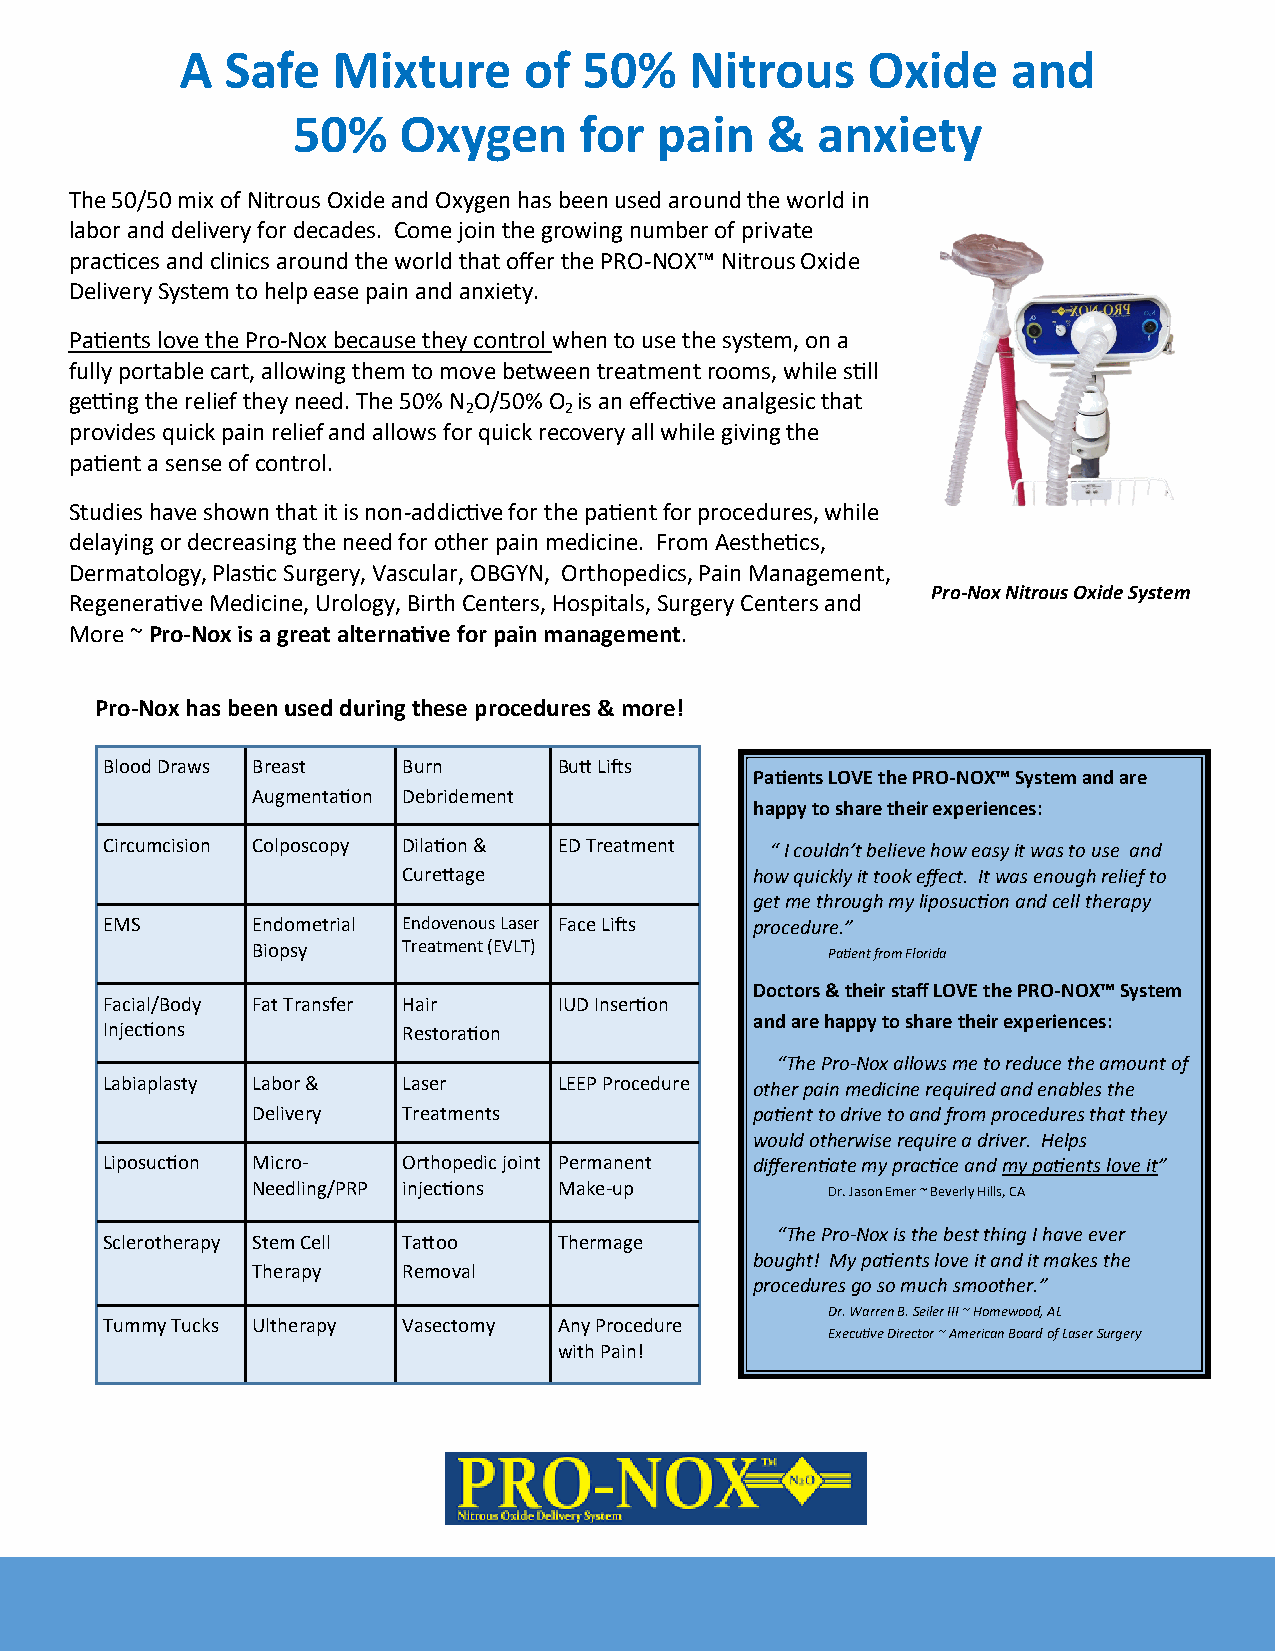
A  Safe   Mixture      of  50%    Nitrous    Oxide     and
 50%    Oxygen      for  pain    &  anxiety
 The 50/50 mix of Nitrous Oxide and Oxygen has been used around the world in
 labor and delivery for decades. Come join the growing number of private
 practices and clinics around the world that offer the PRO-NOX™ Nitrous Oxide
 Delivery System to help ease pain and anxiety.
 Patients love the Pro-Nox because they control when to use the system, on a
 fully portable cart, allowing them to move between treatment rooms, while still
 getting the relief they need. The 50% N O/50% O is an effective analgesic that
 2     2
 provides quick pain relief and allows for quick recovery all while giving the
 patient a sense of control.
 Studies have shown that it is non-addictive for the patient for procedures, while
 delaying or decreasing the need for other pain medicine. From Aesthetics,
 Dermatology, Plastic Surgery, Vascular, OBGYN, Orthopedics, Pain Management,
 Pro-Nox Nitrous Oxide System
 Regenerative Medicine, Urology, Birth Centers, Hospitals, Surgery Centers and
 More ~ Pro-Nox is a great alternative for pain management.
 Pro-Nox has been used during these procedures & more!
 Blood Draws Breast  Burn      Butt Lifts
 Patients LOVE the PRO-NOX™ System and are
 Augmentation Debridement
 happy to share their experiences:
 Circumcision Colposcopy Dilation & ED Treatment “ I couldn’t believe how easy it was to use and
 Curettage              how quickly it took effect. It was enough relief to
 get me through my liposuction and cell therapy
 EMS       Endometrial Endovenous Laser Face Lifts procedure.”
 Biopsy    Treatment (EVLT)            Patient from Florida
 Doctors & their staff LOVE the PRO-NOX™ System
 Facial/Body Fat Transfer Hair IUD Insertion
 and are happy to share their experiences:
 Injections          Restoration
 “The Pro-Nox allows me to reduce the amount of
 Labiaplasty Labor & Laser     LEEP Procedure other pain medicine required and enables the
 Delivery  Treatments             patient to drive to and from procedures that they
 would otherwise require a driver. Helps
 Liposuction Micro-  Orthopedic joint Permanent differentiate my practice and my patients love it”
 Needling/PRP injections Make-up       Dr. Jason Emer ~ Beverly Hills, CA
 “The Pro-Nox is the best thing I have ever
 Sclerotherapy Stem Cell Tattoo Thermage
 bought! My patients love it and it makes the
 Therapy   Removal
 procedures go so much smoother.”
 Dr. Warren B. Seiler III ~ Homewood, AL
 Tummy Tucks Ultherapy Vasectomy Any Procedure
 Executive Director ~ American Board of Laser Surgery
 with Pain!